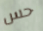
حس